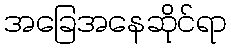
အခြေအနေဆိုင်ရာ